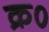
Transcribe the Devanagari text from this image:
क्र०